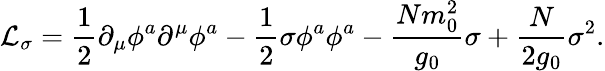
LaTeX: {\cal L}_{\sigma}={\frac{1}{2}}\partial_{\mu}\phi^{a}\partial^{\mu}\phi^{a}-{\frac{1}{2}}\sigma\phi^{a}\phi^{a}-{\frac{Nm_{0}^{2}}{g_{0}}}\sigma+{\frac{N}{2g_{0}}}\sigma^{2}.